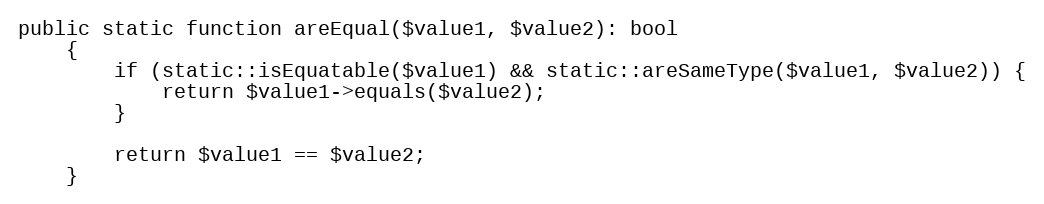
Language: PHP
public static function areEqual($value1, $value2): bool
    {
        if (static::isEquatable($value1) && static::areSameType($value1, $value2)) {
            return $value1->equals($value2);
        }

        return $value1 == $value2;
    }